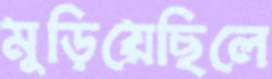
মুড়িয়েছিলে